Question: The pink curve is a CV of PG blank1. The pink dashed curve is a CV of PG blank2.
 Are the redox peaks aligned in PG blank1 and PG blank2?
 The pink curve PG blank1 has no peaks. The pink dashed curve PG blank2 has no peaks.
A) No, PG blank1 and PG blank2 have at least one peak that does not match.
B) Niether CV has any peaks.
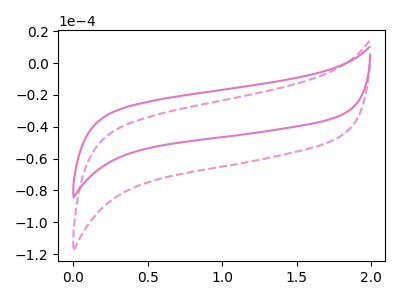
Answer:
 <answer>B) Niether CV has any peaks.</answer>
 <eval>B</eval>